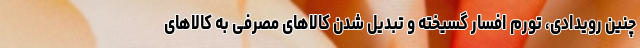
چنین رویدادی، تورم افسار گسیخته و تبدیل شدن کالاهای مصرفی به کالاهای